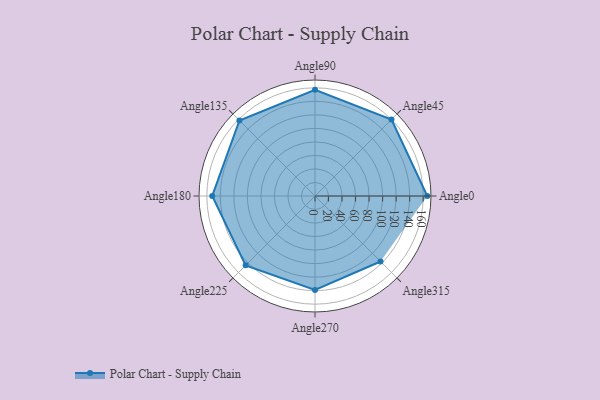
{"axis": {"x": "Angle", "y": "Radius"}, "legend": [""], "data": [{"x": "Angle0", "y": 166.0, "type": ""}, {"x": "Angle45", "y": 160.0, "type": ""}, {"x": "Angle90", "y": 157.0, "type": ""}, {"x": "Angle135", "y": 158.0, "type": ""}, {"x": "Angle180", "y": 152.0, "type": ""}, {"x": "Angle225", "y": 145.0, "type": ""}, {"x": "Angle270", "y": 139.0, "type": ""}, {"x": "Angle315", "y": 137.0, "type": ""}]}